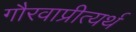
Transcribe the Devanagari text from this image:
गौरवाप्रीत्यर्थ